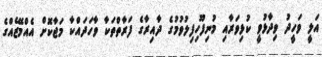
އަލީ ވަހީދު ވިދާޅުވީ ކުޅިވަރާއި މުނިފޫހިފިލުވުމުގެ ދާއިރާގެ ފަރާތްތަކާ ވާހަދައްކާ މަޖާކޮށް އެއްމޭޒެއްގެ